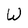
Character: W